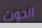
الحوت